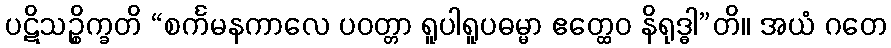
ပဋိသဉ္စိက္ခတိ “စင်္ကမနကာလေ ပဝတ္တာ ရူပါရူပဓမ္မာ ဧတ္ထေဝ နိရုဒ္ဓါ”တိ။ အယံ ဂတေ